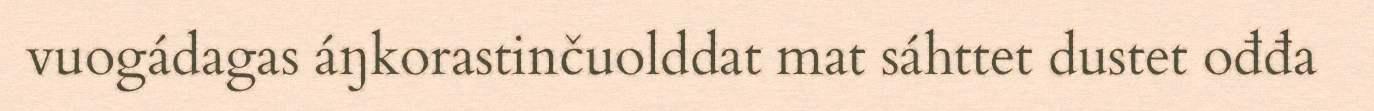
vuogádagas áŋkorastinčuolddat mat sáhttet dustet ođđa